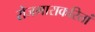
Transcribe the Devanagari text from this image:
रोजगाराकरितां